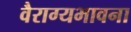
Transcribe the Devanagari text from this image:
वैराग्यभावना